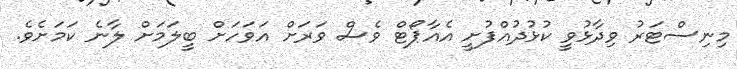
މިނިސްޓަރު ވިދާޅުވީ ކުޅުދުއްފުށީ އެއާޕޯޓް ވެސް ވަރަށް އަވަހަށް ބީލަމަށް ލާނެ ކަމަށެވެ.